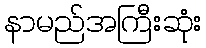
နာမည်အကြီးဆုံး